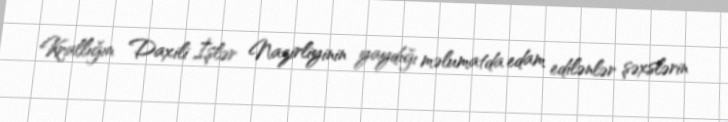
Krallığın Daxili İşlər Nazirliyinin yaydığı məlumatda edam edilənlər şəxslərin